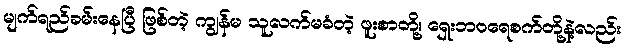
မျက်ရည်ခမ်းနေပြီ ဖြစ်တဲ့ ကျွန်မ သူလက်မခံတဲ့ ဖူးစာတို့၊ ရှေးဘဝရေစက်တို့နဲ့လည်း